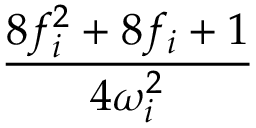
\frac { 8 f _ { i } ^ { 2 } + 8 f _ { i } + 1 } { 4 \omega _ { i } ^ { 2 } }